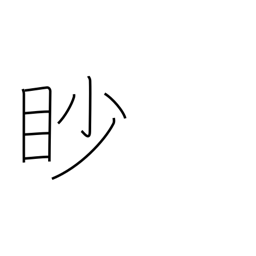
Meaning: squint